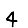
Digit: 4